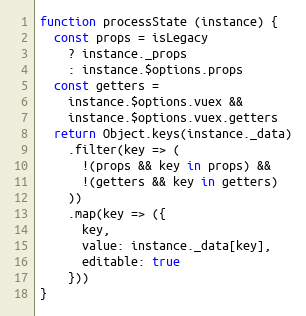
Language: JavaScript
function processState (instance) {
  const props = isLegacy
    ? instance._props
    : instance.$options.props
  const getters =
    instance.$options.vuex &&
    instance.$options.vuex.getters
  return Object.keys(instance._data)
    .filter(key => (
      !(props && key in props) &&
      !(getters && key in getters)
    ))
    .map(key => ({
      key,
      value: instance._data[key],
      editable: true
    }))
}